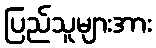
ပြည်သူများအား